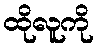
ထိုလူကို